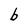
Character: b